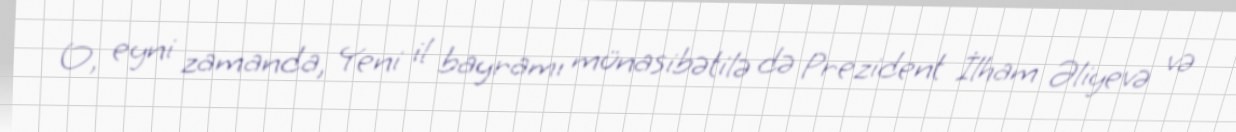
O, eyni zamanda, Yeni il bayramı münasibətilə də Prezident İlham Əliyevə və